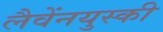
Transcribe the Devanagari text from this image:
लैवेंनयुस्की